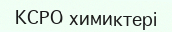
КСРО химиктері